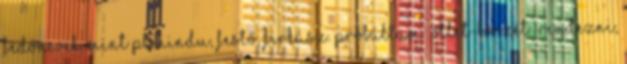
fe­dőnevek, mint pl. Hindu, Festő, Firkász. Próbáltam „ötlet-bör­zét” rendezni,